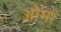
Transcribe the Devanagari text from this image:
ओमां